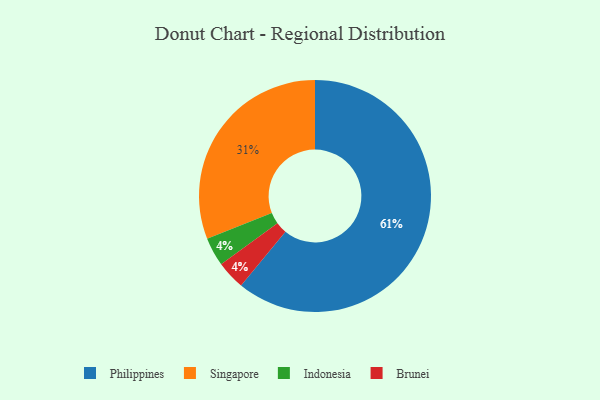
{"axis": {"x": "Category", "y": "Percentage"}, "legend": ["Brunei", "Indonesia", "Philippines", "Singapore"], "data": [{"x": "Indonesia", "y": 4, "type": "Indonesia"}, {"x": "Brunei", "y": 4, "type": "Brunei"}, {"x": "Singapore", "y": 31, "type": "Singapore"}, {"x": "Philippines", "y": 61, "type": "Philippines"}]}